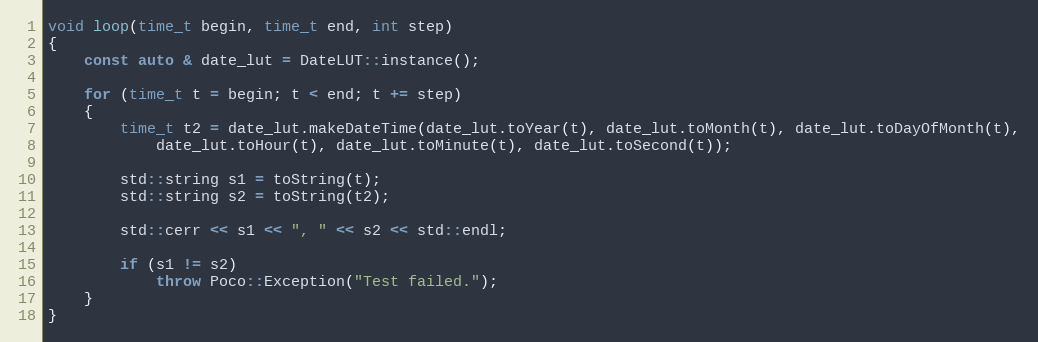
Language: C++
void loop(time_t begin, time_t end, int step)
{
    const auto & date_lut = DateLUT::instance();

    for (time_t t = begin; t < end; t += step)
    {
        time_t t2 = date_lut.makeDateTime(date_lut.toYear(t), date_lut.toMonth(t), date_lut.toDayOfMonth(t),
            date_lut.toHour(t), date_lut.toMinute(t), date_lut.toSecond(t));

        std::string s1 = toString(t);
        std::string s2 = toString(t2);

        std::cerr << s1 << ", " << s2 << std::endl;

        if (s1 != s2)
            throw Poco::Exception("Test failed.");
    }
}